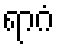
ရာဂံ